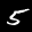
Label: 5